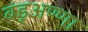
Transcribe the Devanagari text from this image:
बंडूअण्णा